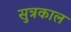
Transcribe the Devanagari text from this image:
सुत्रकाल